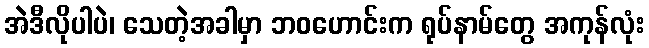
အဲဒီလိုပါပဲ၊ သေတဲ့အခါမှာ ဘဝဟောင်းက ရုပ်နာမ်တွေ အကုန်လုံး